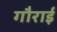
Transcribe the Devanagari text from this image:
गौराई